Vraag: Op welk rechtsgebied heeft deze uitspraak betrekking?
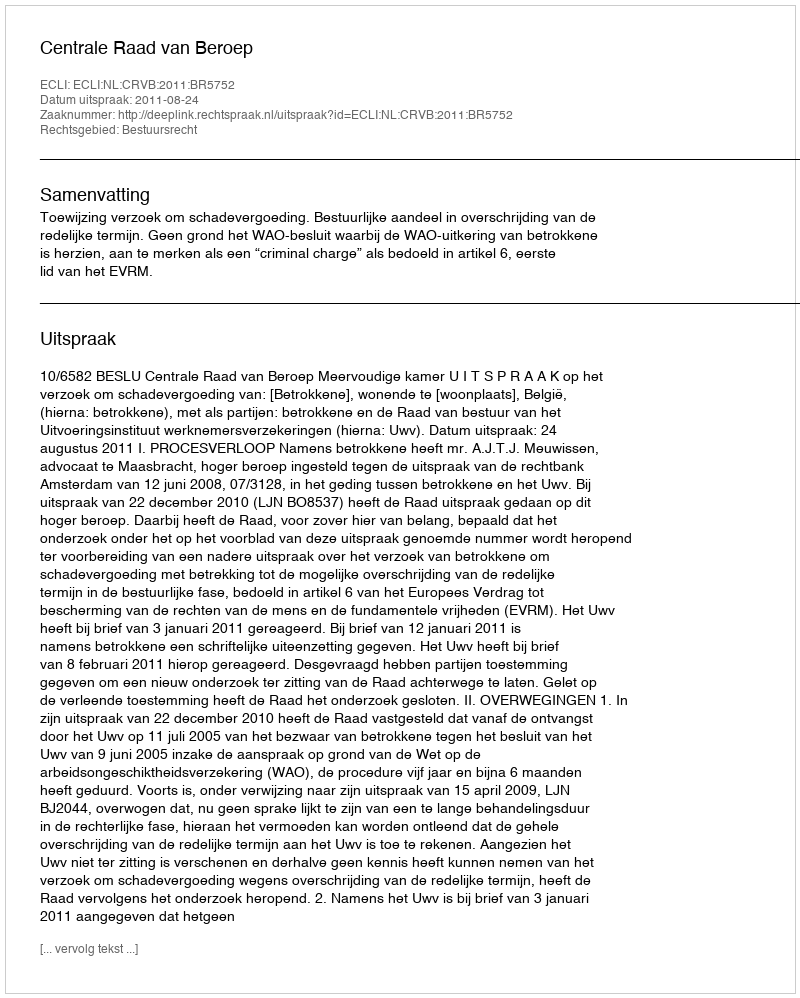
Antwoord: Bestuursrecht